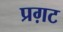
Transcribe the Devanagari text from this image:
प्रग़ट